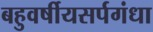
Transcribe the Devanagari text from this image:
बहुवर्षीयसर्पगंधा